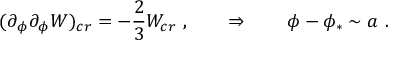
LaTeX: ( \partial _ { \phi } \partial _ { \phi } W ) _ { c r } = - { \frac { 2 } { 3 } } W _ { c r } \ , \qquad \Rightarrow \qquad \phi - \phi _ { * } \sim a \ .